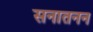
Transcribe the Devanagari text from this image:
सनातनन